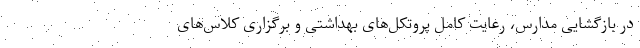
در بازگشایی مدارس، رعایت کامل پروتکل‌های بهداشتی و برگزاری کلاس‌های